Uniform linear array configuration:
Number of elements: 64
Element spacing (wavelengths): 0.5
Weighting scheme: cosine
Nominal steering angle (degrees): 0
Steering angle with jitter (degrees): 1.339
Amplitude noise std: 0.05
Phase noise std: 0.05

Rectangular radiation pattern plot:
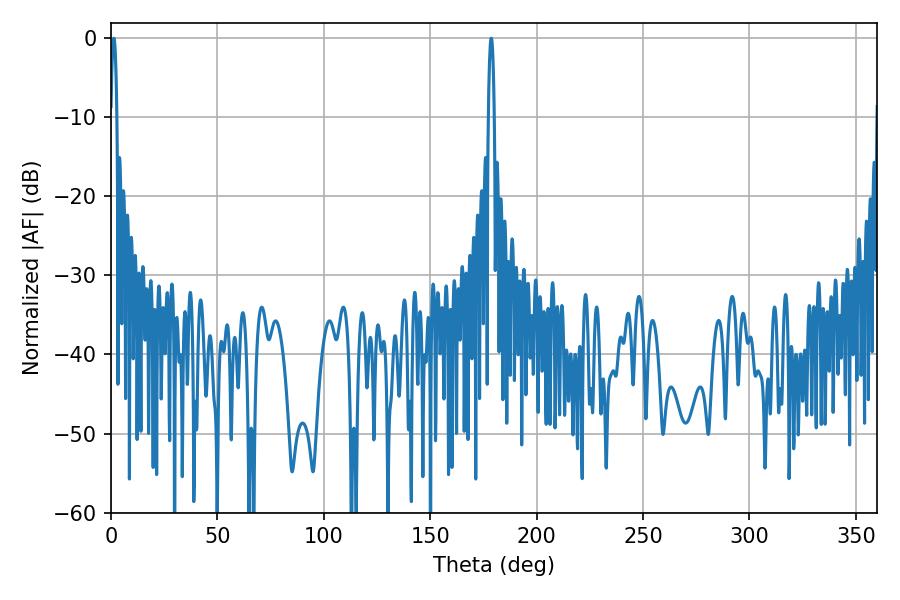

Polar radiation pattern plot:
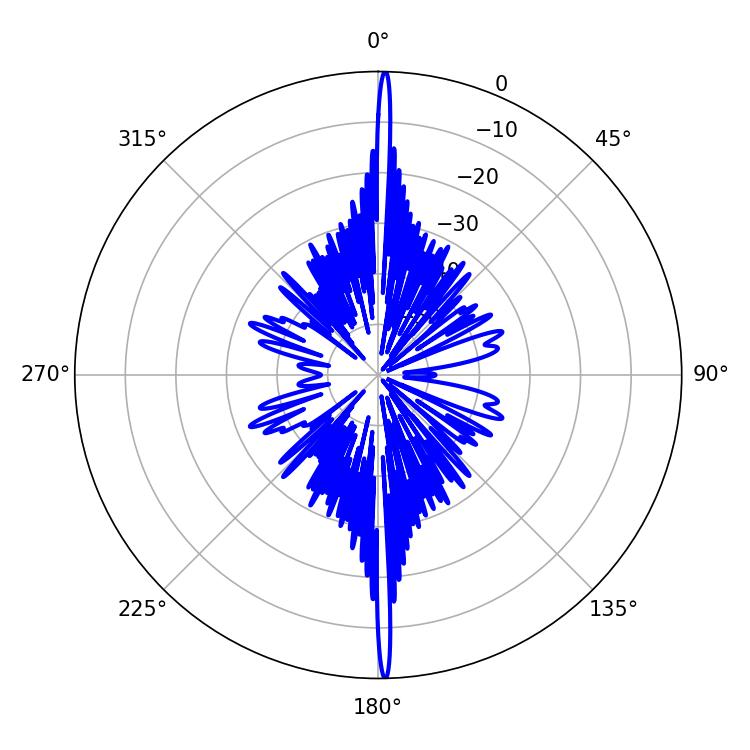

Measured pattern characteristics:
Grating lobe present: FALSE
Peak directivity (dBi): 31.27
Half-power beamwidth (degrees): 1.62
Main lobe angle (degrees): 178.74